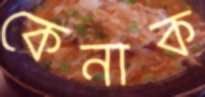
কেনাক